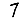
Digit: 7